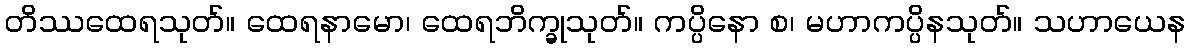
တိဿထေရသုတ်။ ထေရနာမော၊ ထေရဘိက္ခုသုတ်။ ကပ္ပိနော စ၊ မဟာကပ္ပိနသုတ်။ သဟာယေန